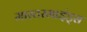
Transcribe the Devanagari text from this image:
मास्टरमाइंड्स